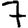
Digit: 7